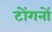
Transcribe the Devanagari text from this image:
टोंगनों